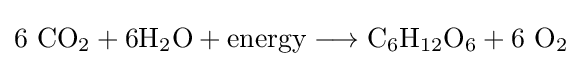
\mathrm {6\ CO_{2}+6H_{2}O+energy\longrightarrow C_{6}H_{12}O_{6}+6\ O_{2}}